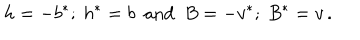
h = - b ^ { * } ; \ h ^ { * } = b \ \mathrm { ~ a n d ~ } \ B = - v ^ { * } ; \ B ^ { * } = v \, .